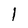
Character: l